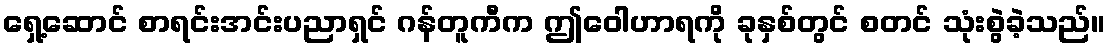
ရှေ့ဆောင် စာရင်းအင်းပညာရှင် ဂန်တူကီက ဤဝေါဟာရကို ခုနှစ်တွင် စတင် သုံးစွဲခဲ့သည်။